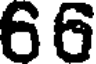
66